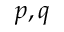
p , q